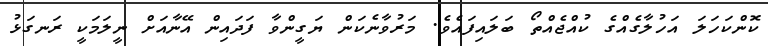
ކޮންކަހަލަ އަހުލާގެއްގެ ކުއްޖެއްތޯ ބަލައިފައެވެ. މަރުވާނެކަން ޔަގީންވާ ފަދައިން އޭނާއަށް ނީލަމަކީ ރަނގަޅު